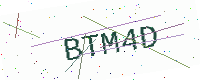
Text: BTM4D